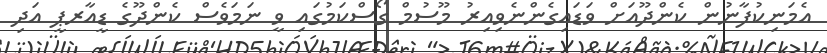
އެމަނިކުފާނުން ކެންދޫއަށް ވަޑައިގެންނެވިއިރު މޫސުމް ގޯސްކަމުގައި ވީ ނަމަވެސް ކެންދޫގެ ޑީއާރޕީ އަދި